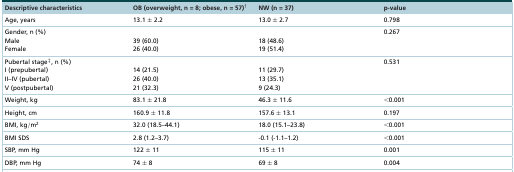
| Descriptive characteristics | OB (overweight, n = 8; obese, n = 57)† | NW (n = 37) | p-value |
 | --- | --- | --- | --- |
 | Age, years | 13.1 ± 2.2 | 13.0 ± 2.7 | 0.798 |
 | Gender, n (%) Male Female | 39 (60.0)26 (40.0) | 18 (48.6)19 (51.4) | 0.267 |
 | Pubertal stage‡, n (%)I (prepubertal)II–IV (pubertal)V (postpubertal) | 14 (21.5)26 (40.0)21 (32.3) | 11 (29.7)13 (35.1)9 (24.3) | 0.531 |
 | Weight, kg | 83.1 ± 21.8 | 46.3 ± 11.6 | <0.001 |
 | Height, cm | 160.9 ± 11.8 | 157.6 ± 13.1 | 0.197 |
 | BMI, kg/m2 | 32.0 (18.5–44.1) | 18.0 (15.1–23.8) | <0.001 |
 | BMI SDS | 2.8 (1.2–3.7) | -0.1 (-1.1–1.2) | <0.001 |
 | SBP, mm Hg | 122 ± 11 | 115 ± 11 | 0.001 |
 | DBP, mm Hg | 74 ± 8 | 69 ± 8 | 0.004 |